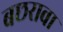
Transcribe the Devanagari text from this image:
बछरावा